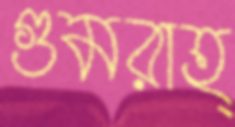
গুমরাহ্